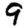
Digit: 9